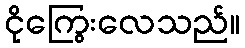
ငိုကြွေးလေသည်။